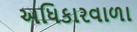
અધિકારવાળા